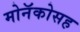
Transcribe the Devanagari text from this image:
मोनॅकोसह